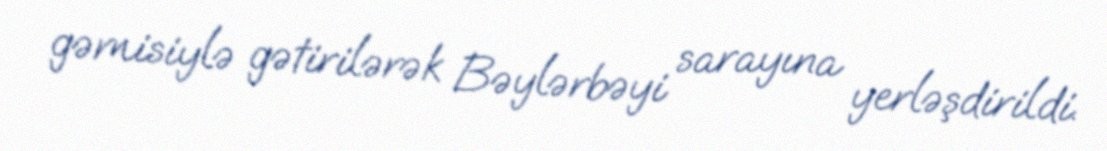
gəmisiylə gətirilərək Bəylərbəyi sarayına yerləşdirildi.